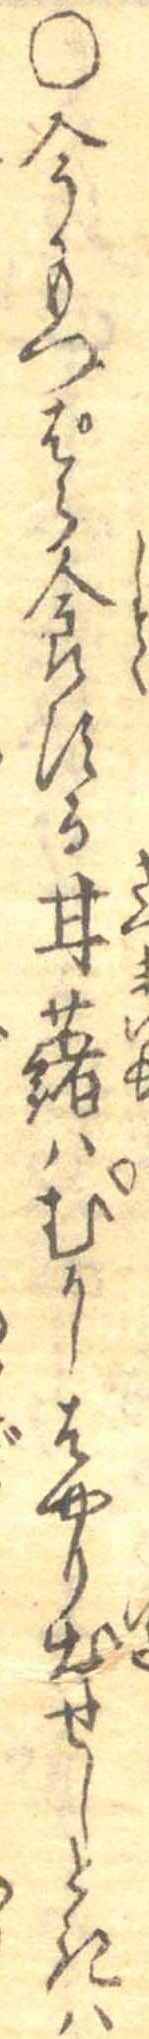
○今もつぱら食する甘藷はむかしはやり出せしときは